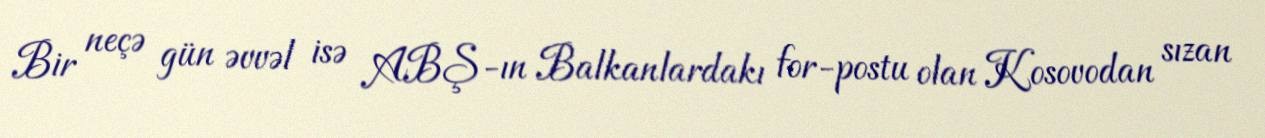
Bir neçə gün əvvəl isə ABŞ-ın Balkanlardakı for-postu olan Kosovodan sızan